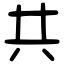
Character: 共